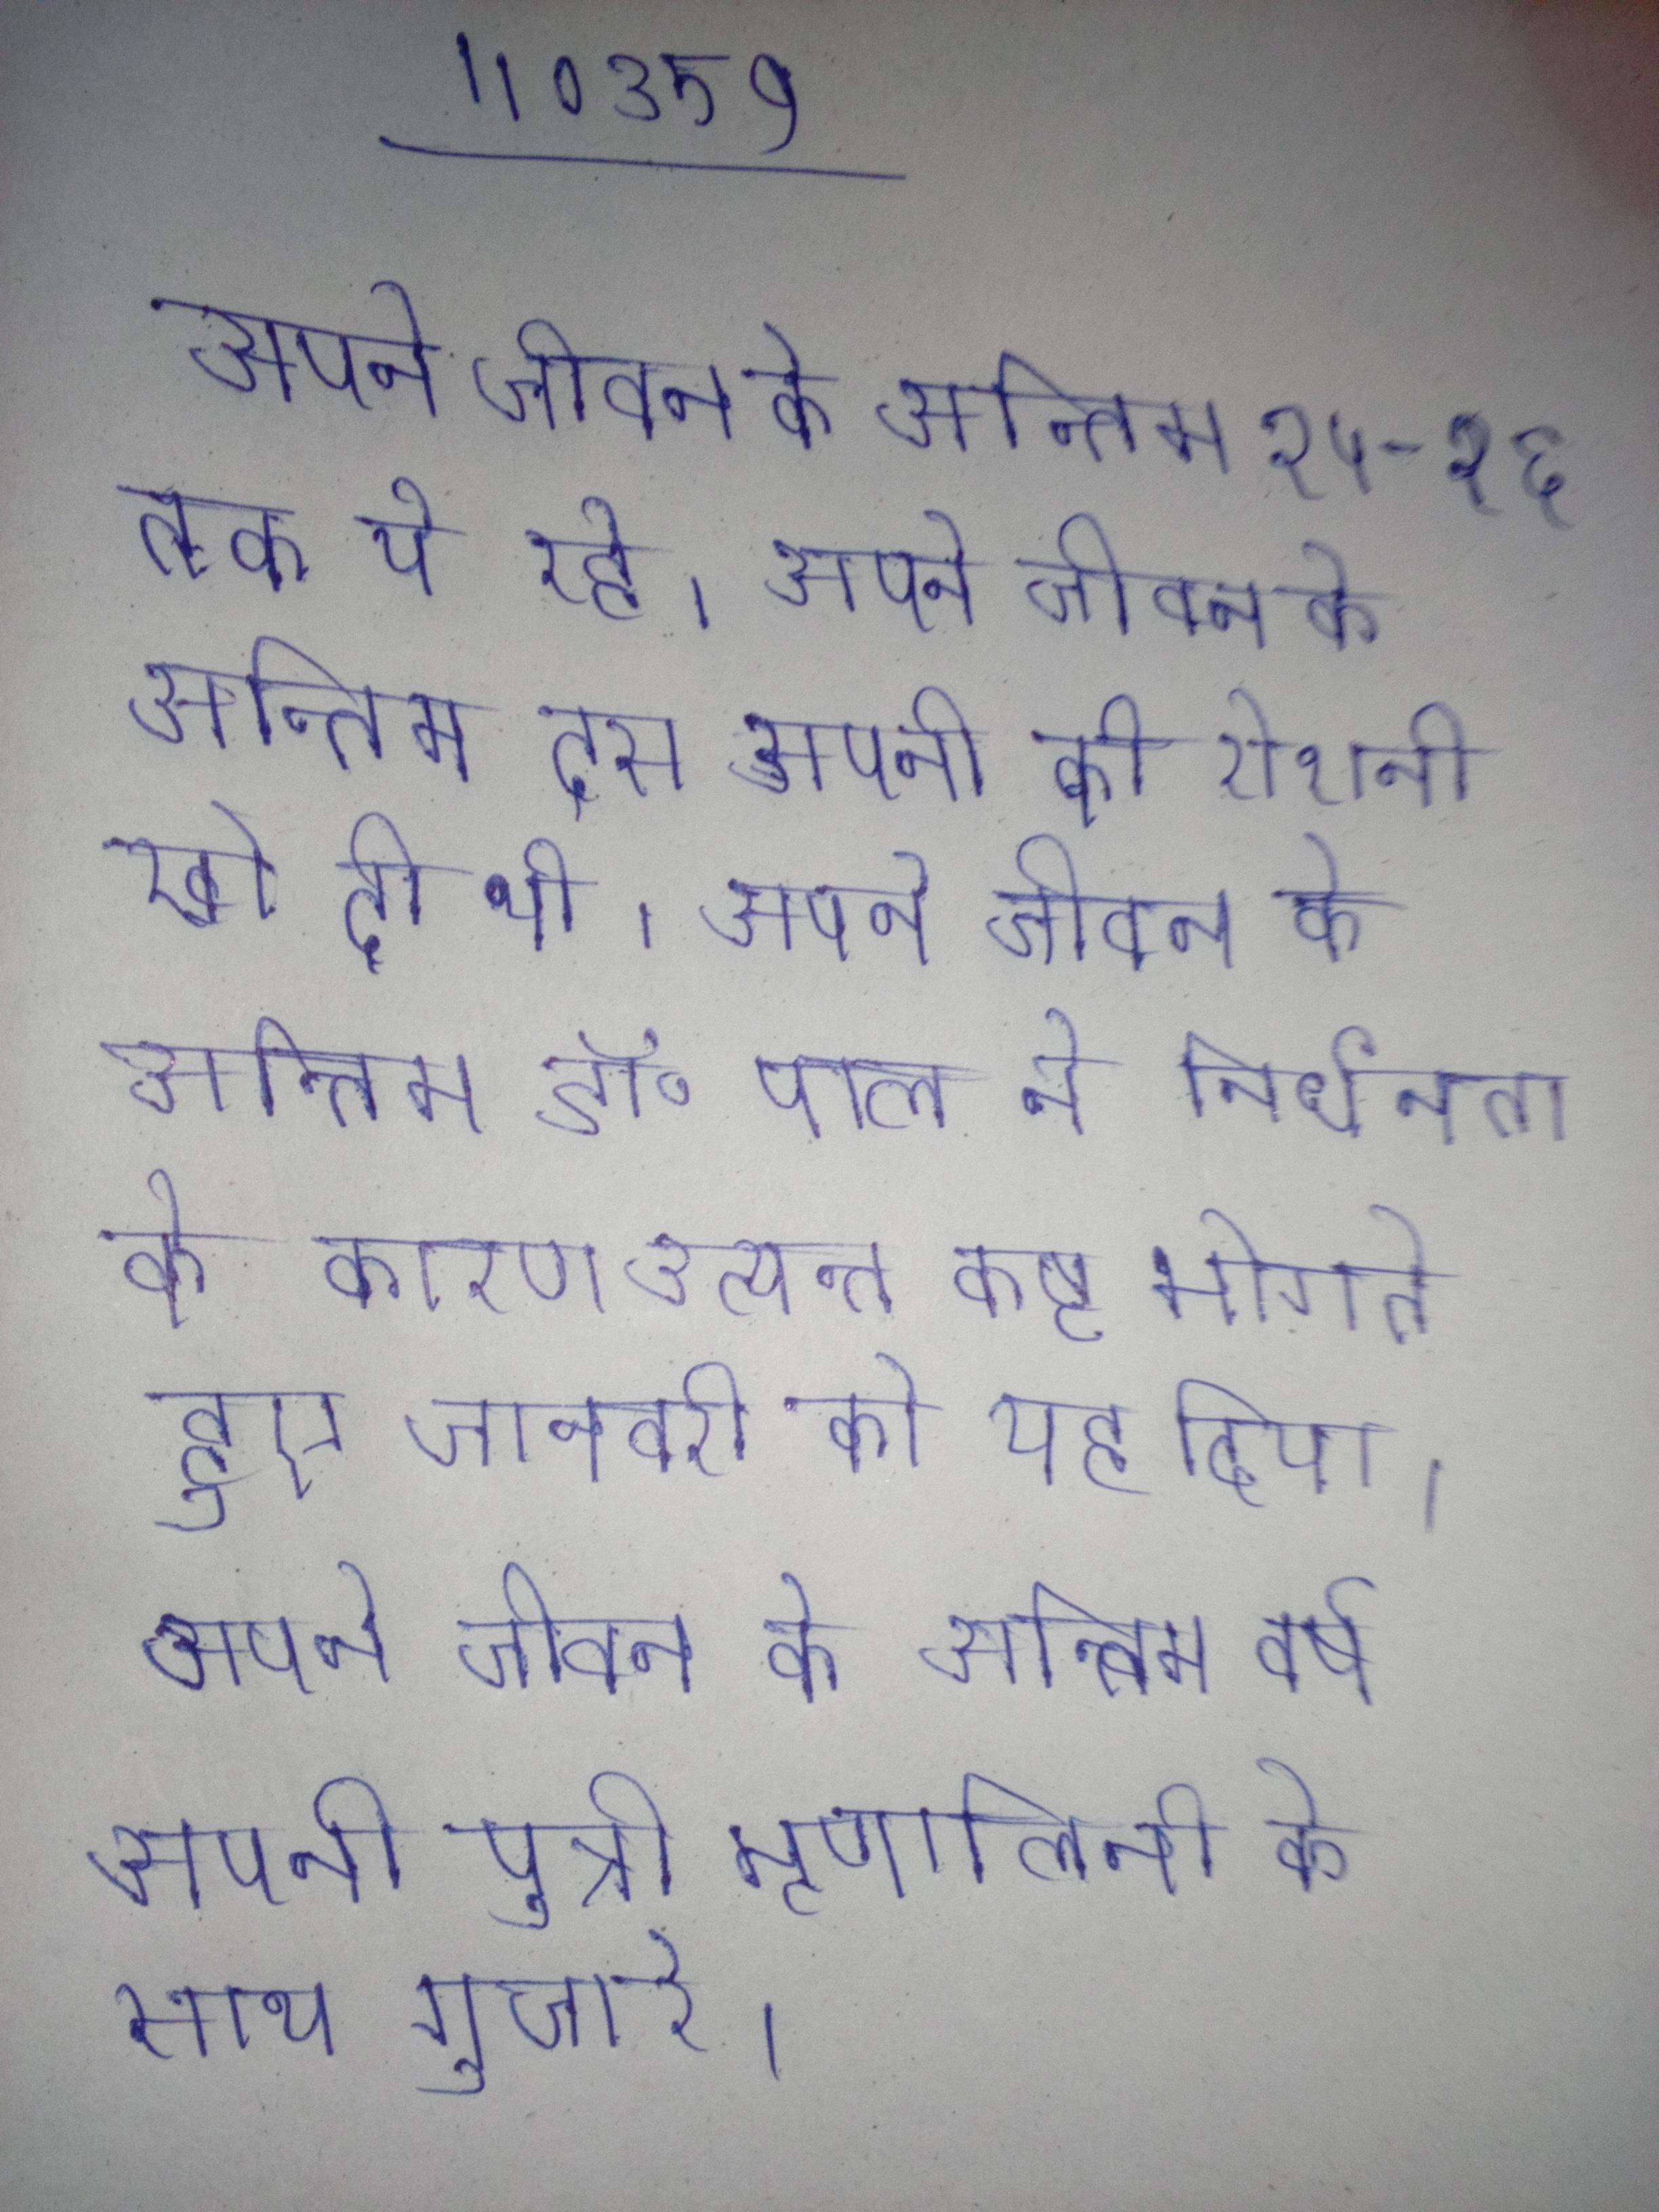
अपने जीवन के अन्तिम २५-२६ तक ये रहे । अपने जीवन के अन्तिम दस अपनी की रोशनी खो दी थी । अपने जीवन के अन्तिम डॉ॰ पाल ने निर्धनता के कारण अत्यन्त कष्ट भोगते हुए जनवरी को यह दिया । अपने जीवन के अन्तिम वर्ष अपनी पुत्री मृणालिनी के साथ गुजारे ।